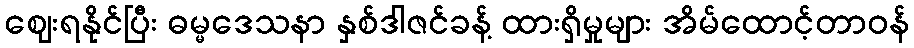
ဈေးရနိုင်ပြီး ဓမ္မဒေသနာ နှစ်ဒါဇင်ခန့် ထားရှိမှုများ အိမ်ထောင့်တာဝန်